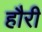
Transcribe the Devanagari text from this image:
हौरी